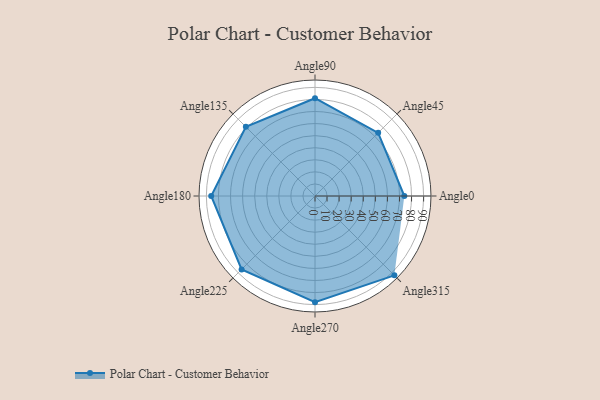
{"axis": {"x": "Angle", "y": "Radius"}, "legend": [""], "data": [{"x": "Angle0", "y": 74.0, "type": ""}, {"x": "Angle45", "y": 74.0, "type": ""}, {"x": "Angle90", "y": 81.0, "type": ""}, {"x": "Angle135", "y": 81.0, "type": ""}, {"x": "Angle180", "y": 86.0, "type": ""}, {"x": "Angle225", "y": 86.0, "type": ""}, {"x": "Angle270", "y": 88.0, "type": ""}, {"x": "Angle315", "y": 93.0, "type": ""}]}